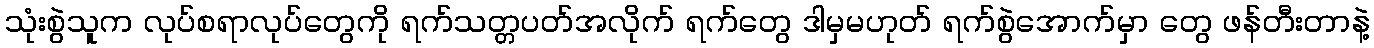
သုံးစွဲသူက လုပ်စရာလုပ်တွေကို ရက်သတ္တပတ်အလိုက် ရက်တွေ ဒါမှမဟုတ် ရက်စွဲအောက်မှာ တွေ ဖန်တီးတာနဲ့